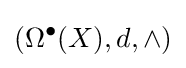
(\Omega ^{\bullet }(X),d,\wedge )